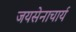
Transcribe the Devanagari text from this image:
जयसेनाचार्य